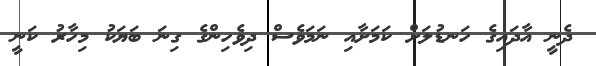
ދެނީ އާދައިގެ ހަނޑުލަށް ކަމަށާއި ނަމަވެސް ދިވެހިންގެ ގިނަ ބަޔަކު މިހާރު ކަނީ